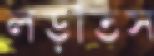
লড়তিস